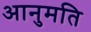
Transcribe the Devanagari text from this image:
आनुमति